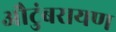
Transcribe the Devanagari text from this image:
औटुंबरायण